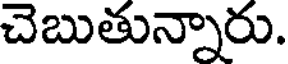
చెబుతున్నారు.